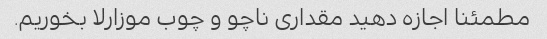
مطمئنا اجازه دهید مقداری ناچو و چوب موزارلا بخوریم.